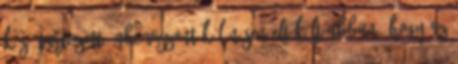
közé tartozott. Abe viszont különösen eltökélt abban, hogy az